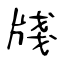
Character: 牋